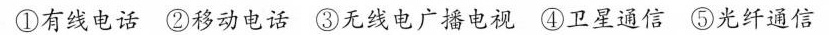
①有线电话 ②移动电话 ③无线电广播电视 ④卫星通信 ⑤光纤通信